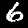
Label: 6